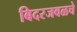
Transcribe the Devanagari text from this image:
बिदरजवळचे